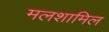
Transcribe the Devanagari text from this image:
मलशामिल